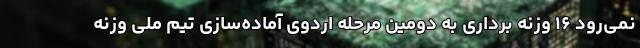
نمی‌رود ۱۶ وزنه برداری به دومین مرحله اردوی آماده‌سازی تیم ملی وزنه